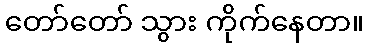
တော်တော် သွား ကိုက်နေတာ။